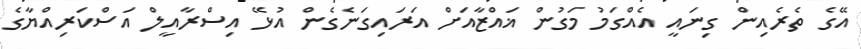
އޭގެ ތެރެއިން ގިނައީ އެއްގަމު މަގުން ޣައްޒާއަށް އަރައިގަނެގެން އުޅޭ އިސްރާއީލް އަސްކަރިއްޔާގެ